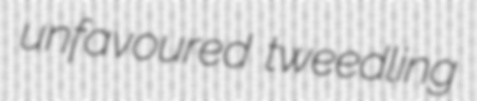
unfavoured tweedling